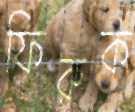
ফিরুক